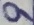
Text: 9